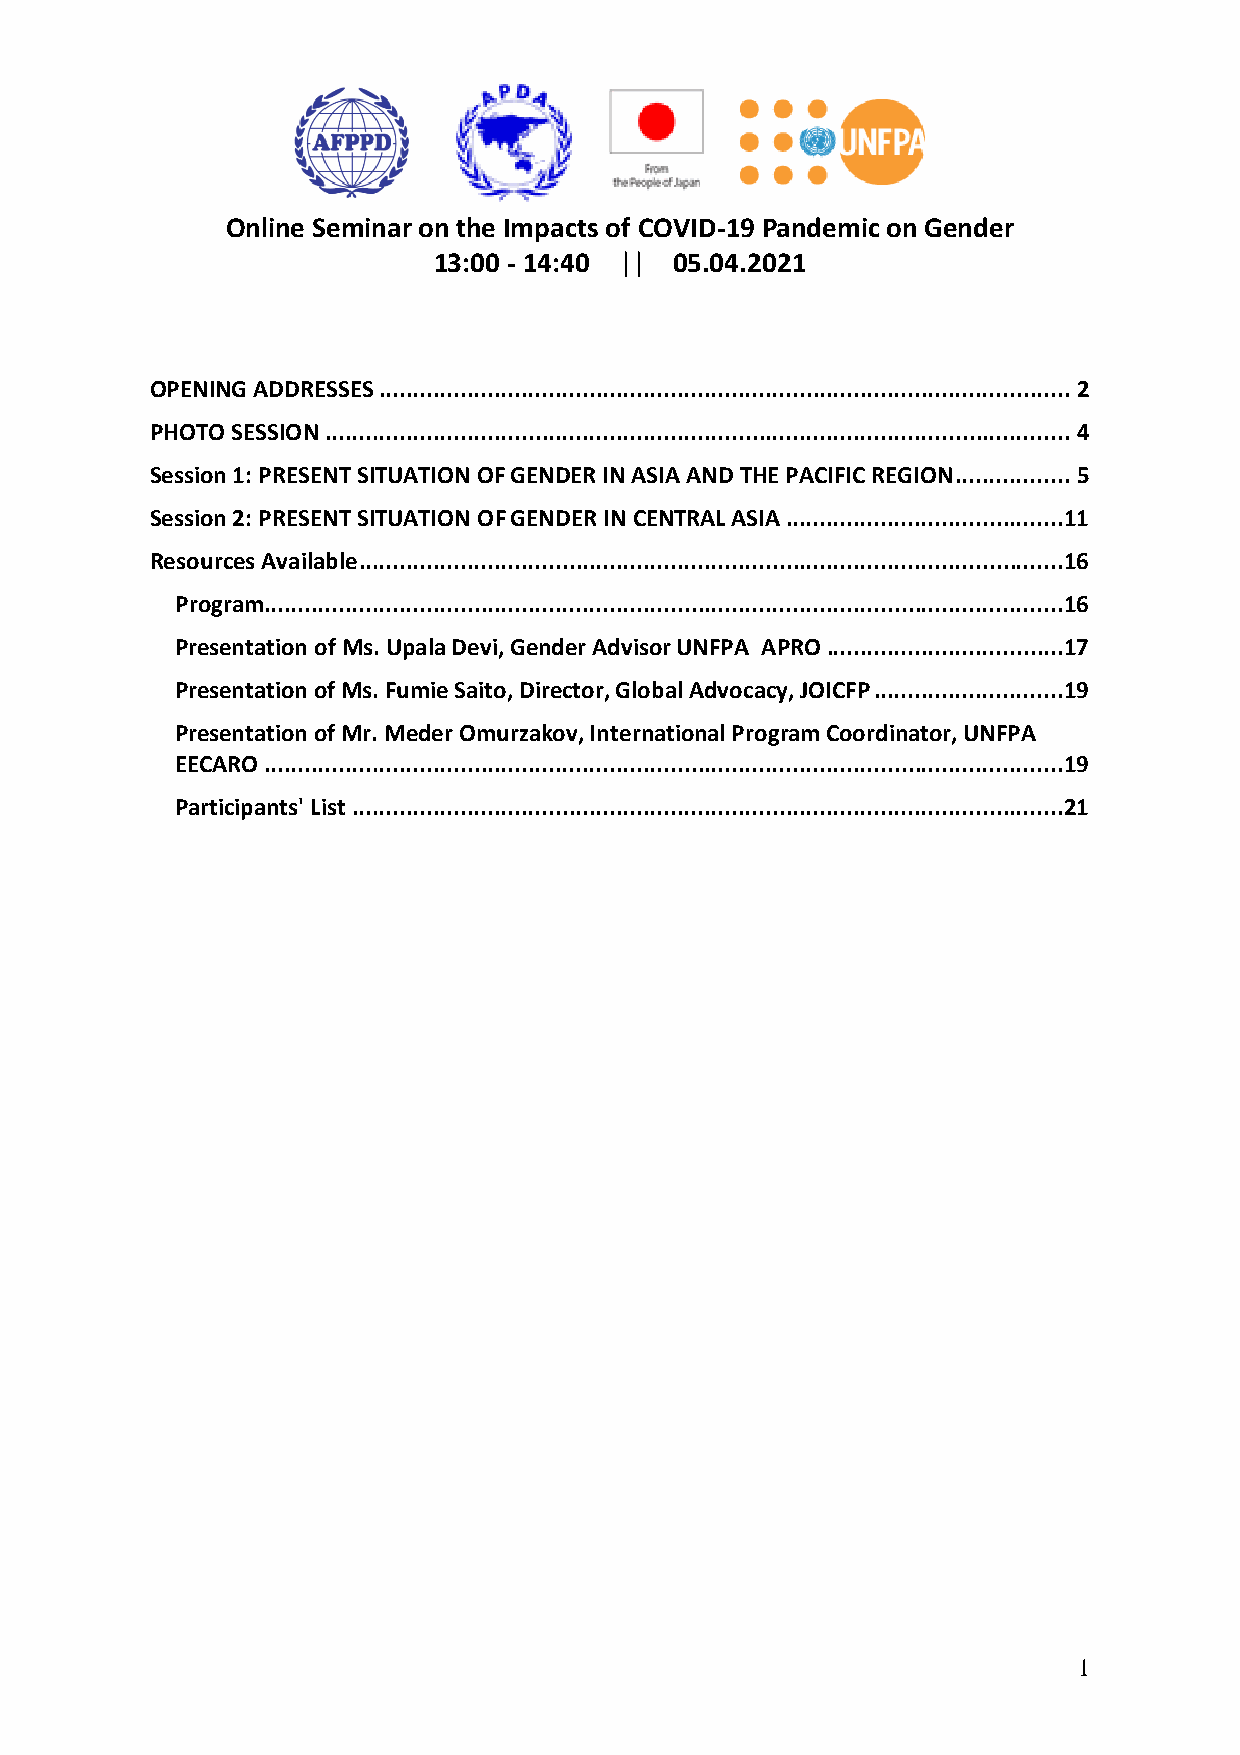
Online Seminar on the Impacts of COVID-19 Pandemic on Gender
 13:00 - 14:40 || 05.04.2021
 OPENING ADDRESSES ...................................................................................................... 2
 PHOTO SESSION .............................................................................................................. 4
 Session 1: PRESENT SITUATION OF GENDER IN ASIA AND THE PACIFIC REGION ................. 5
 Session 2: PRESENT SITUATION OF GENDER IN CENTRAL ASIA .........................................11
 Resources Available ........................................................................................................16
 Program......................................................................................................................16
 Presentation of Ms. Upala Devi, Gender Advisor UNFPA APRO ...................................17
 Presentation of Ms. Fumie Saito, Director, Global Advocacy, JOICFP ............................19
 Presentation of Mr. Meder Omurzakov, International Program Coordinator, UNFPA
 EECARO ......................................................................................................................19
 Participants' List .........................................................................................................21
 1